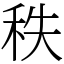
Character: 秩